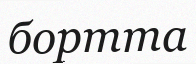
бортта